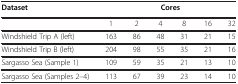
<table><thead><tr><td><b>Dataset</b></td><td colspan="6"><b>Cores</b></td></tr></thead><tbody><tr><td>[EMPTY_CELL]</td><td>1</td><td>2</td><td>4</td><td>8</td><td>16</td><td>32</td></tr><tr><td>Windshield Trip A (left)</td><td>163</td><td>86</td><td>48</td><td>31</td><td>21</td><td>15</td></tr><tr><td>Windshield Trip B (left)</td><td>204</td><td>98</td><td>55</td><td>35</td><td>21</td><td>16</td></tr><tr><td>Sargasso Sea (Sample 1)</td><td>109</td><td>59</td><td>35</td><td>21</td><td>13</td><td>10</td></tr><tr><td>Sargasso Sea (Samples 2–4)</td><td>113</td><td>67</td><td>39</td><td>23</td><td>14</td><td>10</td></tr></tbody></table>